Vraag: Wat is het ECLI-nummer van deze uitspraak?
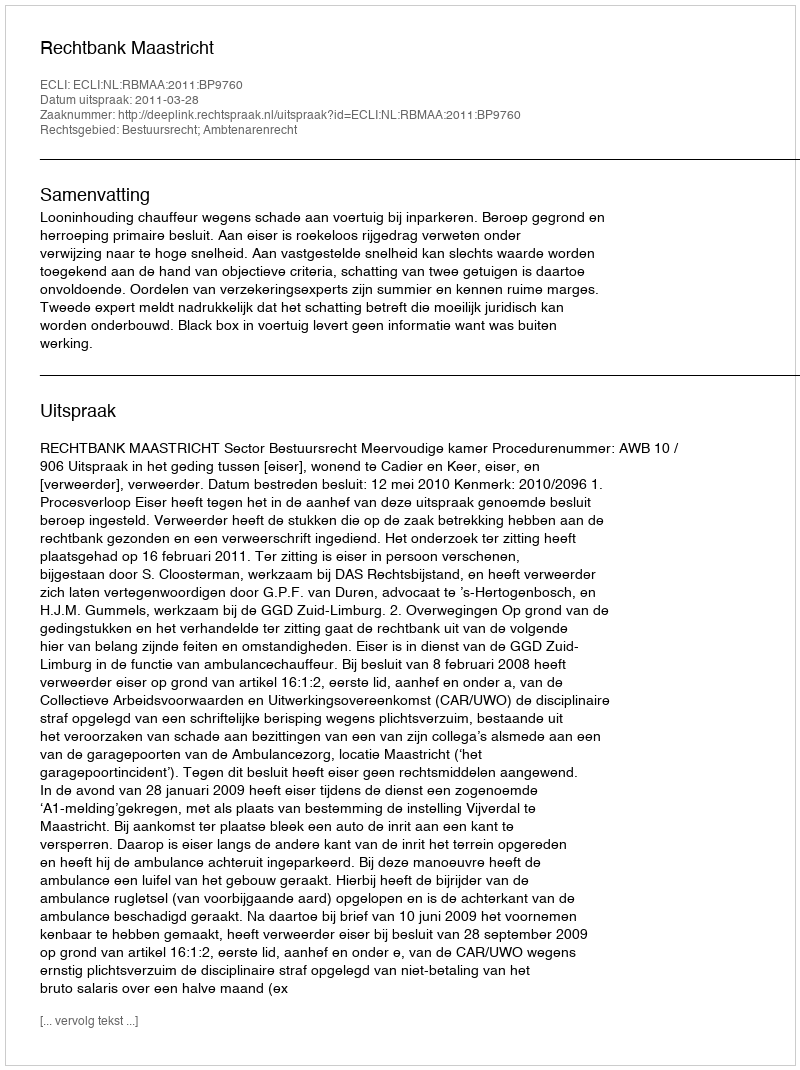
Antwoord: ECLI:NL:RBMAA:2011:BP9760